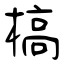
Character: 槁